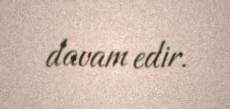
davam edir.